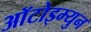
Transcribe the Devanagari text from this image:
आॅटोइम्युन